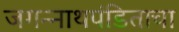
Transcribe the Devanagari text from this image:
जगन्‍नाथपंडिताचा